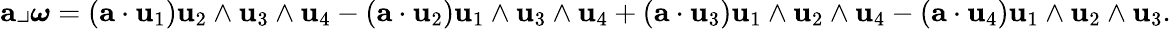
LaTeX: {\mathbf a}\lrcorner\boldsymbol{\omega}=({\mathbf a}\cdot{\mathbf u}_{1}){\mathbf u}_{2}\wedge{\mathbf u}_{3}\wedge{\mathbf u}_{4}-({\mathbf a}\cdot{\mathbf u}_{2}){\mathbf u}_{1}\wedge{\mathbf u}_{3}\wedge{\mathbf u}_{4}+({\mathbf a}\cdot{\mathbf u}_{3}){\mathbf u}_{1}\wedge{\mathbf u}_{2}\wedge{\mathbf u}_{4}-({\mathbf a}\cdot{\mathbf u}_{4}){\mathbf u}_{1}\wedge{\mathbf u}_{2}\wedge{\mathbf u}_{3}.